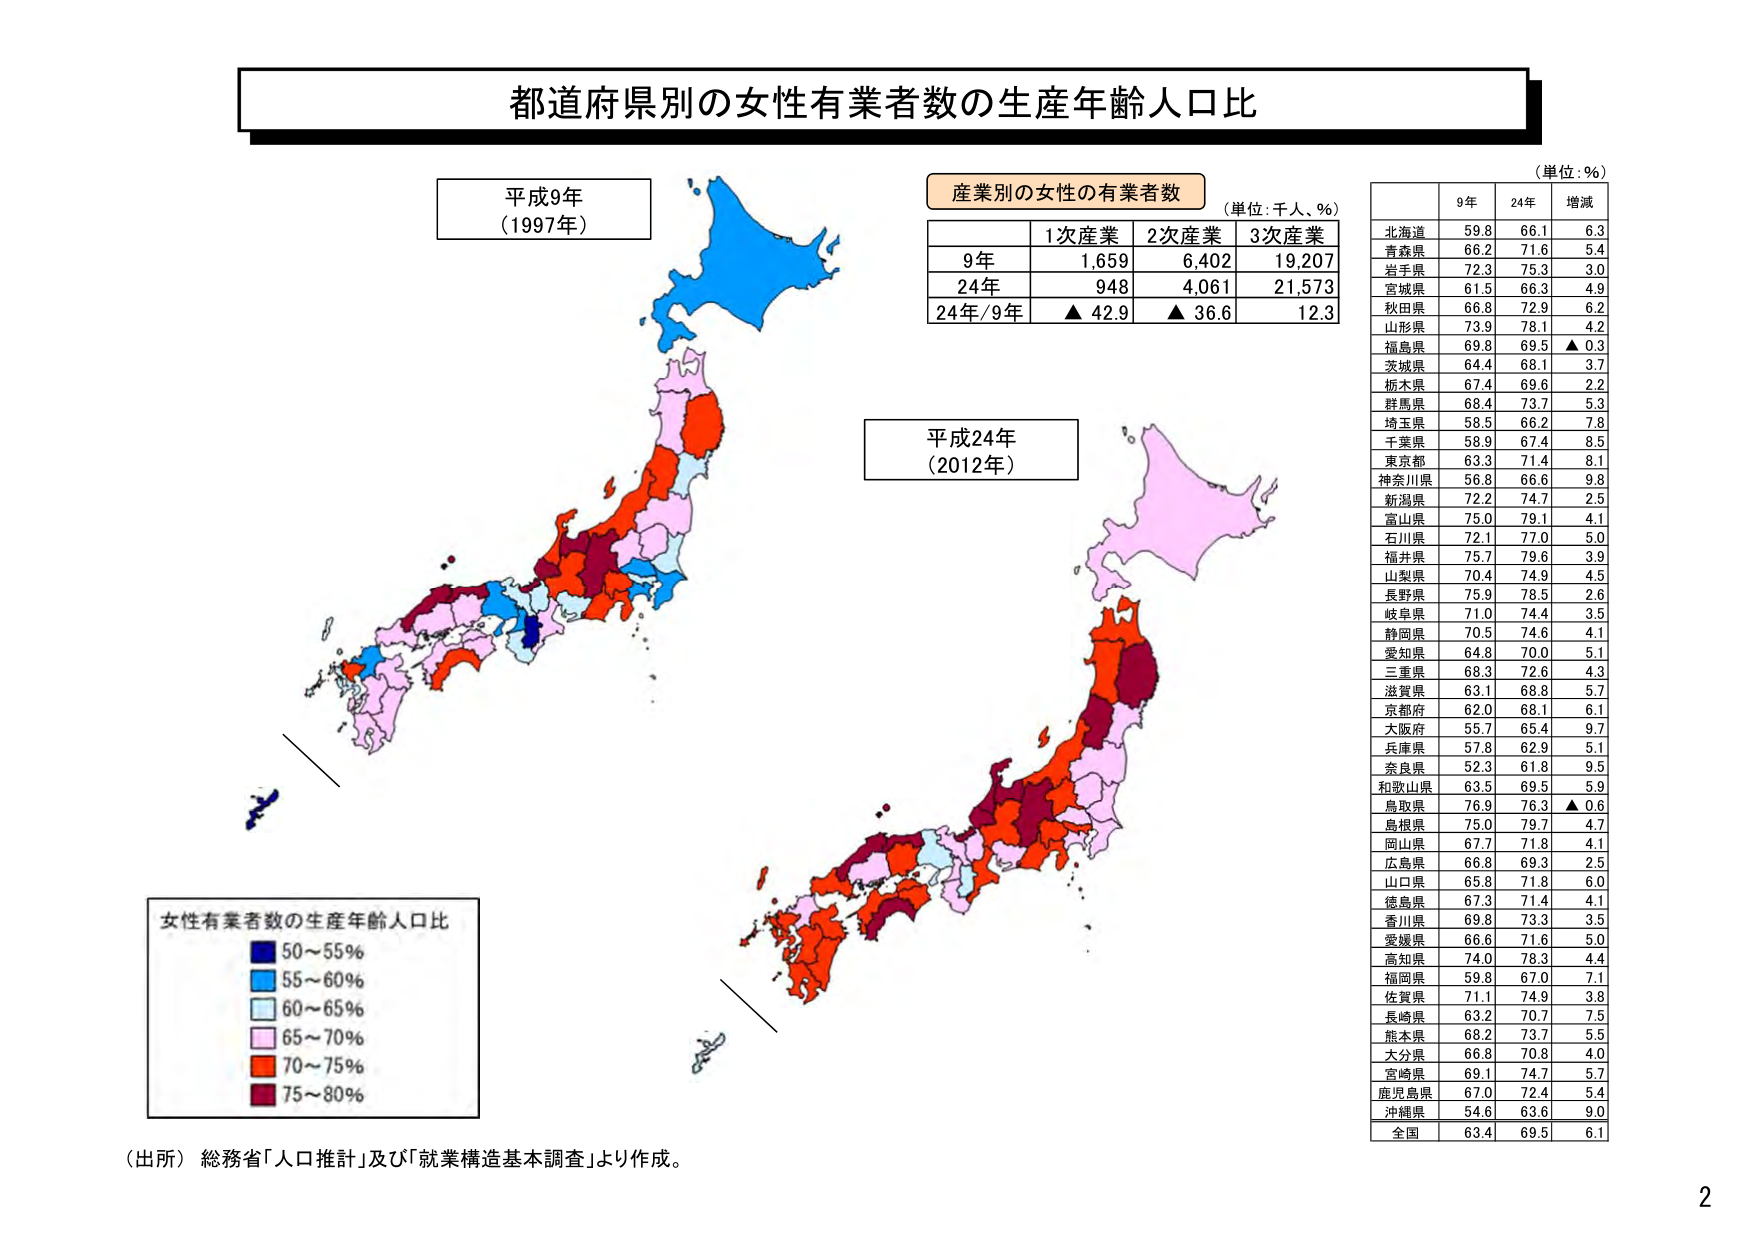
都道府県別の女性有業者数の生産年齢人口比

平成9年
（1997年）

産業別の女性の有業者数
（単位：千人、％）
　　1次産業　2次産業　3次産業
9年　1,659　　6,402　　19,207
24年　948　　4,061　　21,573
24年/9年　▲42.9　▲36.6　　12.3

平成24年
（2012年）

（単位：％）
　　　9年　　24年　　増減
北海道　59.8　　66.1　　6.3
青森県　66.2　　71.6　　5.4
岩手県　72.3　　75.3　　3.0
宮城県　61.5　　66.3　　4.9
秋田県　66.8　　72.9　　6.2
山形県　73.9　　78.1　　4.2
福島県　69.8　　69.5　　▲0.3
茨城県　64.4　　68.1　　3.7
栃木県　67.4　　69.6　　2.2
群馬県　68.4　　73.7　　5.3
埼玉県　58.5　　66.2　　7.8
千葉県　58.9　　67.4　　8.5
東京都　63.3　　71.4　　8.1
神奈川県　56.8　　66.6　　9.8
新潟県　72.2　　74.7　　2.5
富山県　75.0　　79.1　　4.1
石川県　72.1　　77.0　　5.0
福井県　75.7　　79.6　　3.9
山梨県　70.4　　74.9　　4.5
長野県　75.9　　78.5　　2.6
岐阜県　71.0　　74.4　　3.5
静岡県　70.5　　74.6　　4.1
愛知県　64.8　　70.0　　5.1
三重県　68.3　　72.6　　4.3
滋賀県　63.1　　68.8　　5.7
京都府　62.0　　68.1　　6.1
大阪府　55.7　　65.4　　9.7
兵庫県　57.8　　62.9　　5.1
奈良県　52.3　　61.8　　9.5
和歌山県　63.5　　69.5　　5.9
鳥取県　76.9　　76.3　　▲0.6
島根県　75.0　　79.7　　4.7
岡山県　67.7　　71.8　　4.1
広島県　66.8　　69.3　　2.5
山口県　65.8　　71.8　　6.0
徳島県　67.3　　71.4　　4.1
香川県　69.8　　73.3　　3.5
愛媛県　66.6　　71.6　　5.0
高知県　74.0　　78.3　　4.4
福岡県　59.8　　67.0　　7.1
佐賀県　71.1　　74.9　　3.8
長崎県　63.2　　70.7　　7.5
熊本県　68.2　　73.7　　5.5
大分県　66.8　　70.8　　4.0
宮崎県　69.1　　74.7　　5.7
鹿児島県　67.0　　72.4　　5.4
沖縄県　54.6　　63.6　　9.0
全国　　63.4　　69.5　　6.1

女性有業者数の生産年齢人口比
■ 50～55％
■ 55～60％
■ 60～65％
■ 65～70％
■ 70～75％
■ 75～80％

（出所）総務省「人口推計」及び「就業構造基本調査」より作成。

2